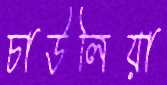
চাউলিয়া